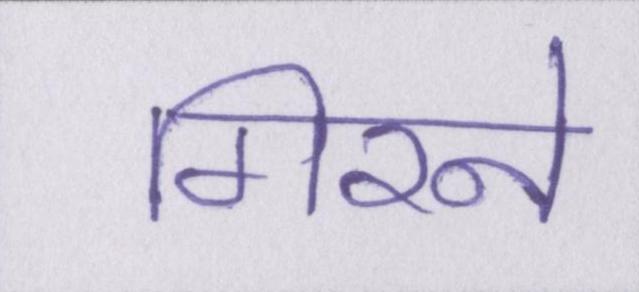
गिरने